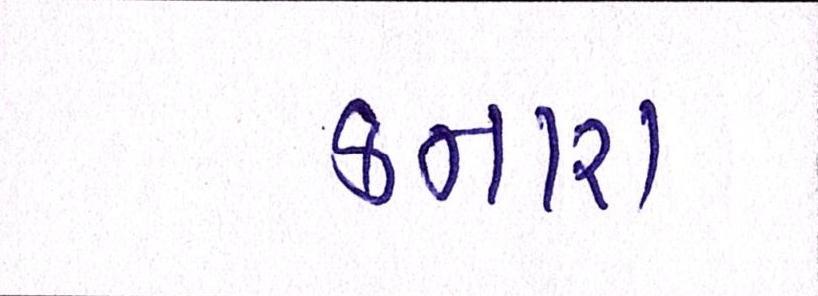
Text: કનારા